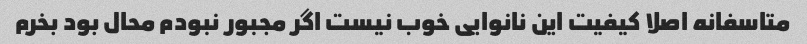
متاسفانه اصلا کیفیت این نانوایی خوب نیست اگر مجبور نبودم محال بود بخرم